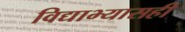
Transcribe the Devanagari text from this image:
विद्याभ्यासही